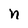
Character: n